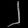
Digit: ၂